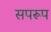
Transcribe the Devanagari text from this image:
सपरूप